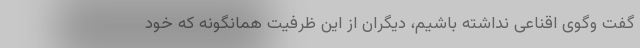
گفت وگوی اقناعی نداشته باشیم، دیگران از این ظرفیت همانگونه که خود